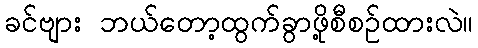
ခင်ဗျား ဘယ်တော့ထွက်ခွာဖို့စီစဉ်ထားလဲ။